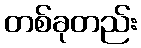
တစ်ခုတည်း